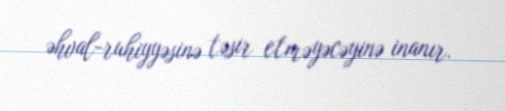
əhval-ruhiyyəsinə təsir etməyəcəyinə inanır.